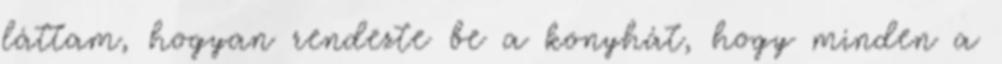
láttam, hogyan rendezte be a konyhát, hogy minden a